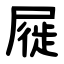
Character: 屣